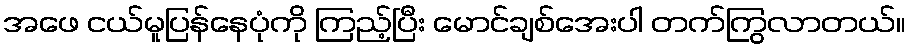
အဖေ ငယ်မူပြန်နေပုံကို ကြည့်ပြီး မောင်ချစ်အေးပါ တက်ကြွလာတယ်။